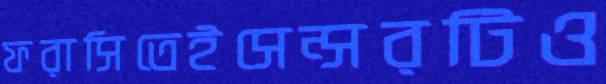
ফরাসিতেইসেন্সরটিও